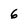
Character: 6